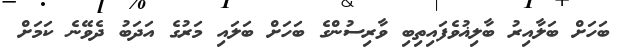
ބަހަށް ބަލާއިރު ބާލިޣުވެފައިތިބި ވާރިސުންގެ ބަހަށް ބަލައި މަރުގެ އަދަބު ދެވޭނެ ކަމަށް